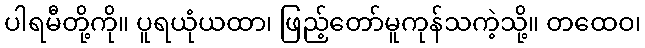
ပါရမီတို့ကို။ ပူရယုံယထာ၊ ဖြည့်တော်မူကုန်သကဲ့သို့။ တထေဝ၊